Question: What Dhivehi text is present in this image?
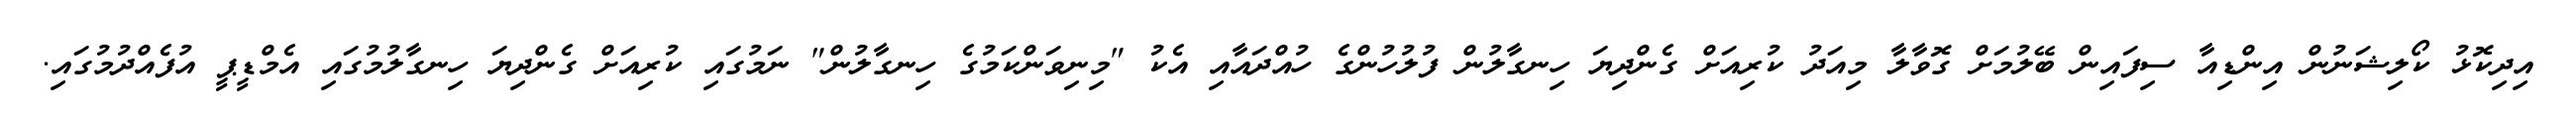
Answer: އިދިކޮޅު ކޯލިޝަނުން އިންޑިއާ ސިފައިން ބޭލުމަށް ގޮވާލާ މިއަދު ކުރިއަށް ގެންދިޔަ ހިނގާލުން ފުލުހުންގެ ހުއްދައާއި އެކު "މިނިވަންކަމުގެ ހިނގާލުން" ނަމުގައި ކުރިއަށް ގެންދިޔަ ހިނގާލުމުގައި އެމްޑީޕީ އުފެއްދުމުގައި.